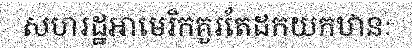
សហរដ្ឋអាមេរិកគួរតែដកយកឋានៈ